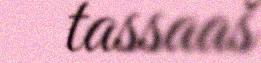
tassaaš